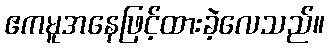
ဧကမူအနေဖြင့်ထားခဲ့လေသည်။